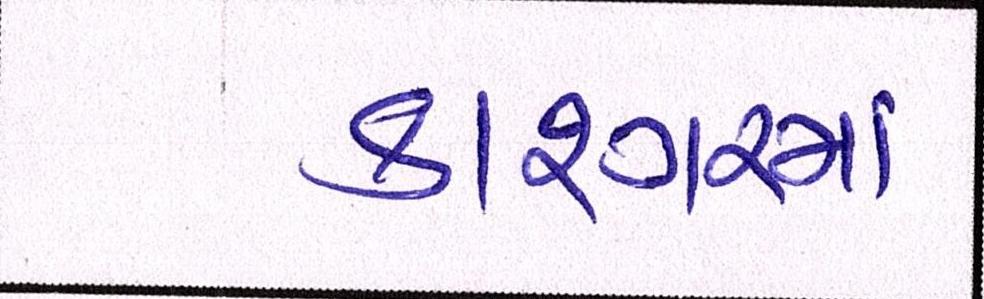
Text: કાશ્ગરમાં